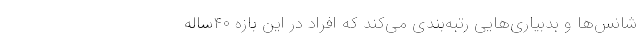
شانس‌ها و بدبیاری‌هایی رتبه‌بندی می‌کند که افراد در این بازه ۴۰ساله